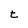
Character: t